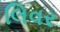
લિવર